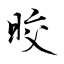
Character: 晈